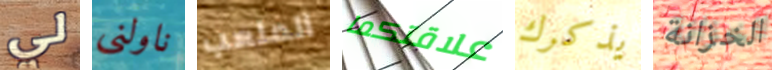
لي ناولني الملعب علاقتكما يذكرك الخزانة